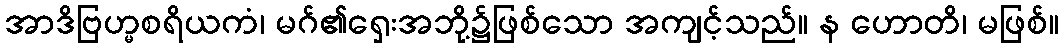
အာဒိဗြဟ္မစရိယကံ၊ မဂ်၏ရှေးအဘို့၌ဖြစ်သော အကျင့်သည်။ န ဟောတိ၊ မဖြစ်။